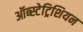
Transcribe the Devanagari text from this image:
ऑब्स्टेट्रिशियन